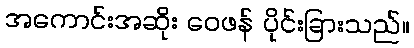
အကောင်းအဆိုး ဝေဖန် ပိုင်းခြားသည်။